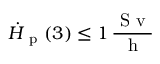
\Dot { H } _ { \mathrm { ~ p ~ } } ( 3 ) \leq 1 \, \frac { \mathrm { ~ S ~ v ~ } } { \mathrm { ~ h ~ } }